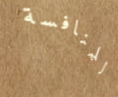
للمنافسة